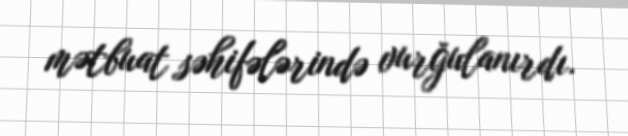
mətbuat səhifələrində vurğulanırdı.